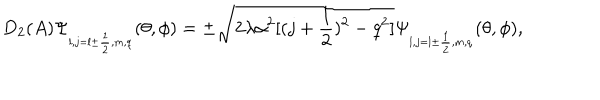
D _ { 2 } ( A ) \Psi _ { _ { l , j = l \pm \frac { 1 } { 2 } , m , q } } ( \theta , \phi ) = \pm \sqrt { 2 \lambda \alpha ^ { 2 } [ ( j + \frac { 1 } { 2 } ) ^ { 2 } - q ^ { 2 } ] } \Psi _ { _ { l , j = l \pm \frac { 1 } { 2 } , m , q } } ( \theta , \phi ) ,